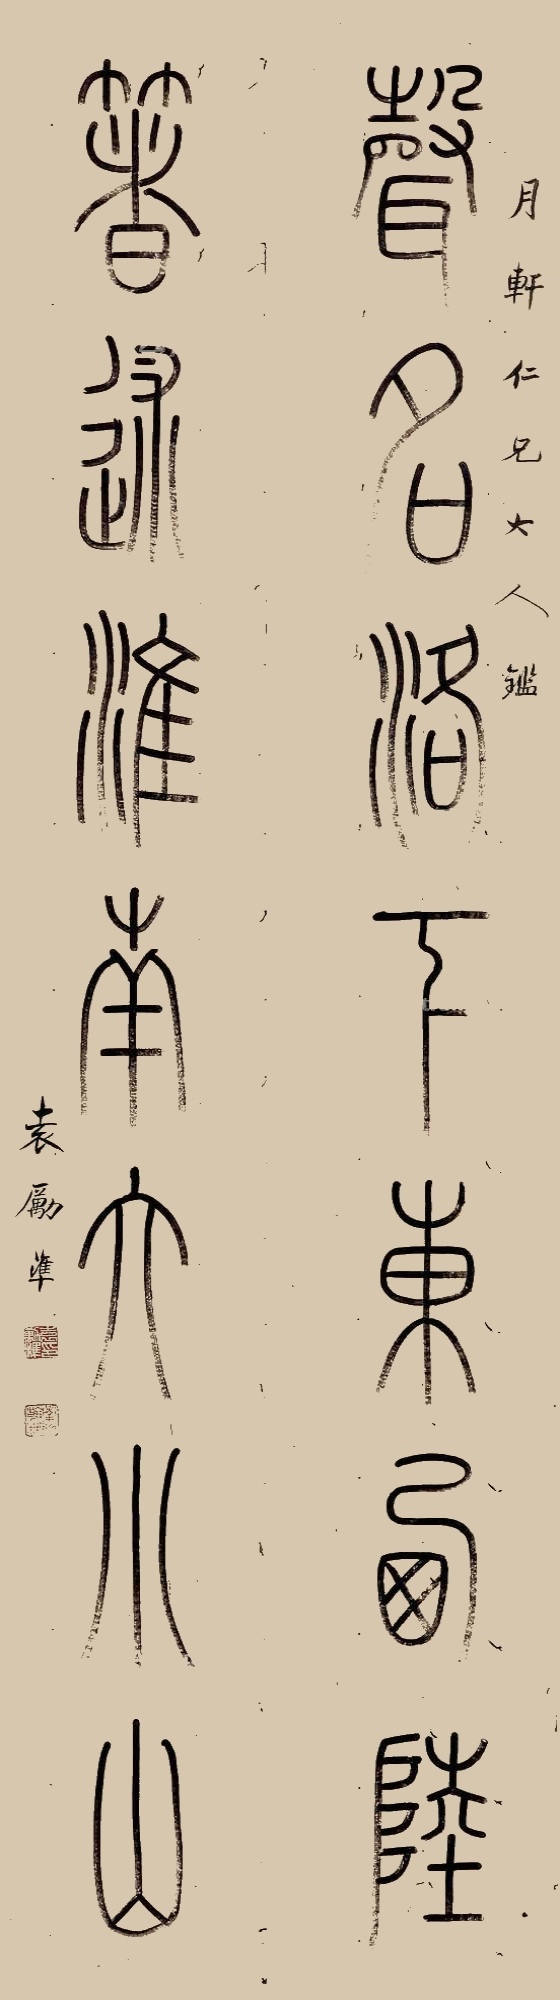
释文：声名洛下东西陆，著述淮南大小山。月轩仁兄大人鉴，袁励准。